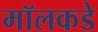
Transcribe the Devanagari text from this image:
मॉलकडे